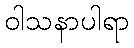
ဝါသနာပါရာ